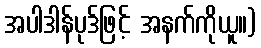
အပါဒါန်ပုဒ်ဖြင့် အနက်ကိုယူ။)